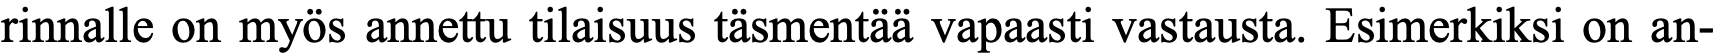
rinnalle on myös annettu tilaisuus täsmentää vapaasti vastausta. Esimerkiksi on an-